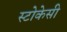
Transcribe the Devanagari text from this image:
स्टोकेसी